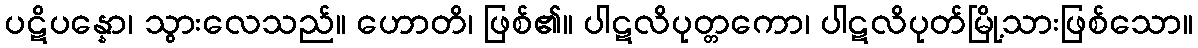
ပဋိပန္နော၊ သွားလေသည်။ ဟောတိ၊ ဖြစ်၏။ ပါဋလိပုတ္တကော၊ ပါဋလိပုတ်မြို့သားဖြစ်သော။